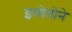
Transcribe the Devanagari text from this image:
इमोतोने